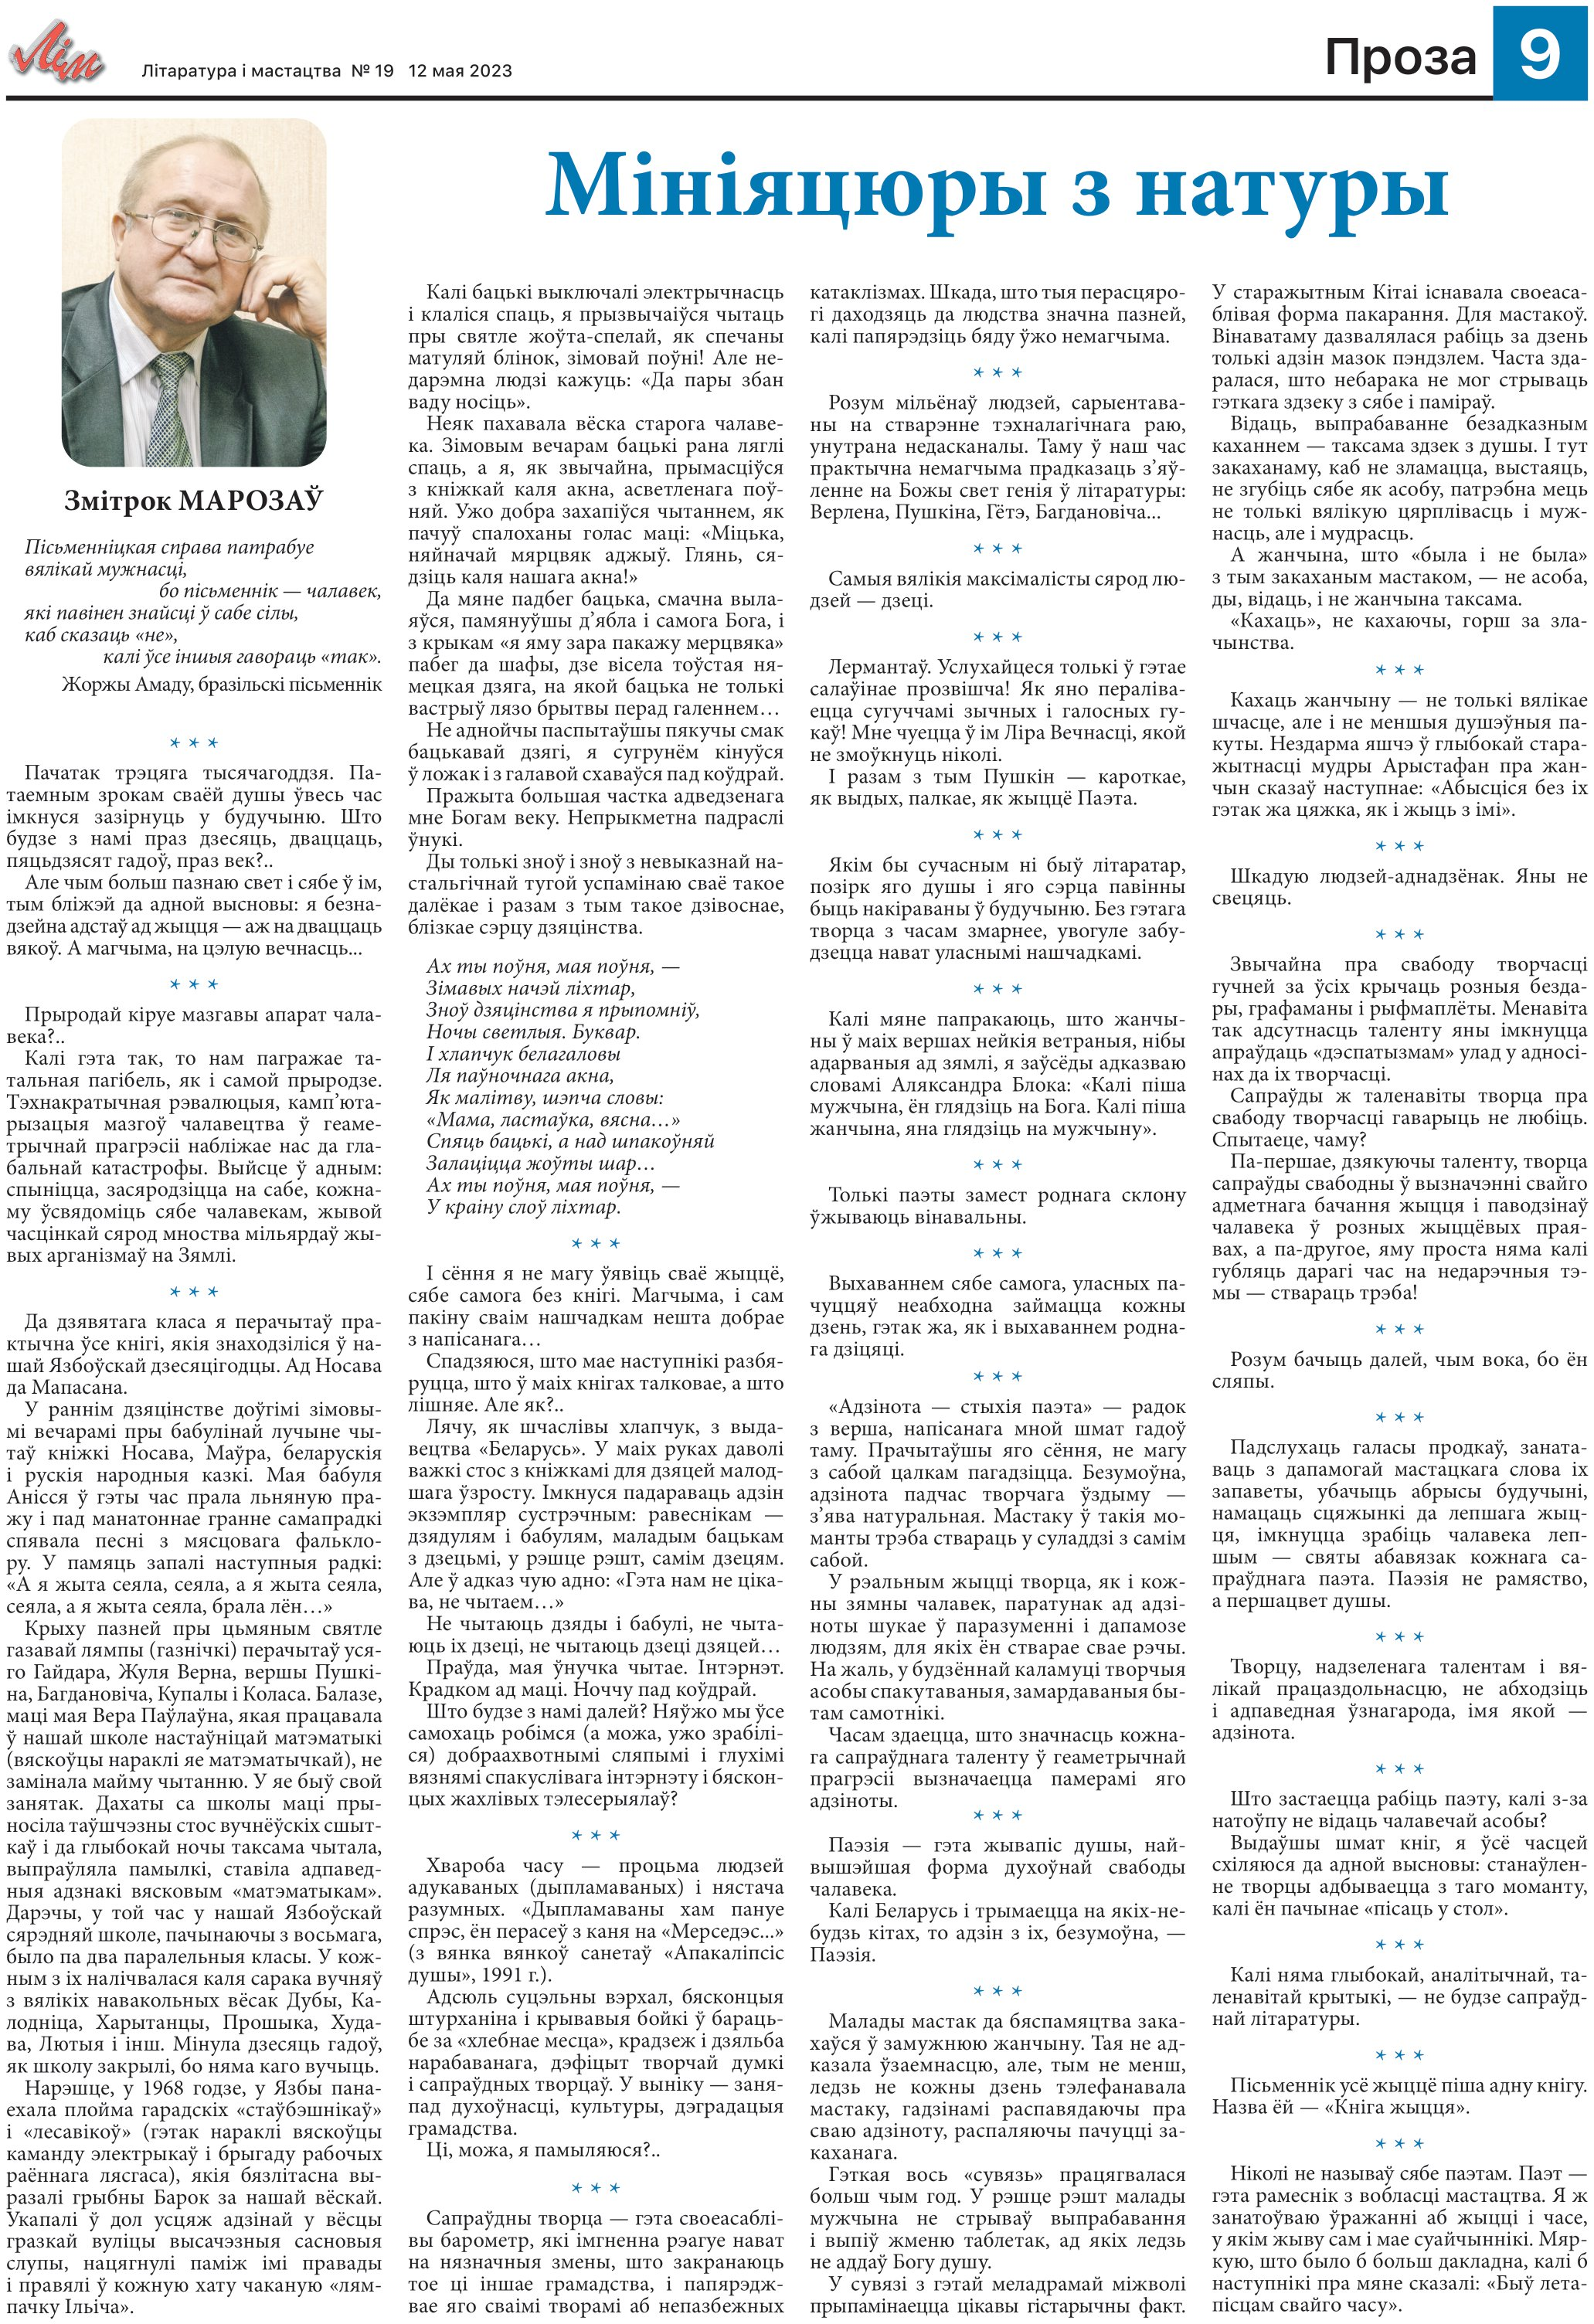
Language: be